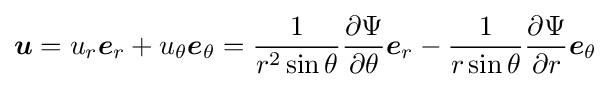
{\boldsymbol {u}}=u_{r}{\boldsymbol {e}}_{r}+u_{\theta }{\boldsymbol {e}}_{\theta }={1 \over r^{2}\sin \theta }{\partial \Psi  \over \partial \theta }{\boldsymbol {e}}_{r}-{1 \over r\sin \theta }{\partial \Psi  \over \partial r}{\boldsymbol {e}}_{\theta }